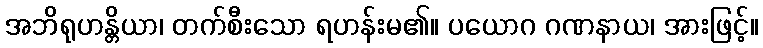
အဘိရုဟန္တိယာ၊ တက်စီးသော ရဟန်းမ၏။ ပယောဂ ဂဏနာယ၊ အားဖြင့်။